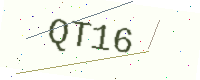
Text: QT16